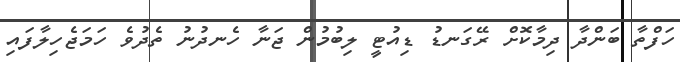
ހަފްތާ ބަންދާ ދިމާކޮށް ރޭގަނޑު ޑިއުޓީ ލިބުމުން ޖަނާ ހެނދުނު ތެދުވެ ހަމަޖެހިލާފައި